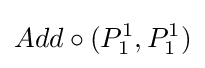
Add\circ (P_{1}^{1},P_{1}^{1})